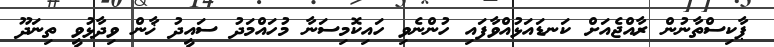
ޕާކިސްތާނުން ރާއްޖެއަށް ކަނޑައަޅުއްވާފައި ހުންނެވި ހައިކޮމިސަނާ މުހައްމަދު ސައީދު ޚާން ވިދާޅުވީ ތިނަދޫ